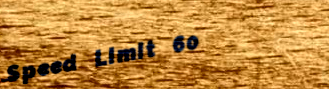
Speed Limit 60